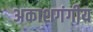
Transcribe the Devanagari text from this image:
अकाशगंगीय